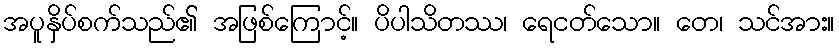
အပူနှိပ်စက်သည်၏ အဖြစ်ကြောင့်။ ပိပါသိတဿ၊ ရေငတ်သော။ တေ၊ သင်အား။